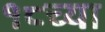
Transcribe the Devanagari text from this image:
१८च्या